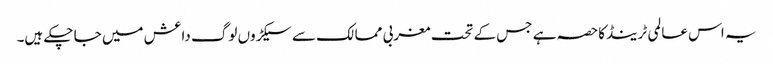
یہ اس عالمی ٹرینڈکاحصہ ہے جس کے تحت مغربی ممالک سے سیکڑوں لوگ داعش میں جا چکے ہیں۔